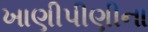
ખાણીપીણીના